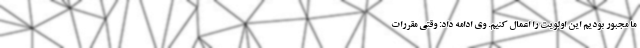
ما مجبور بودیم این اولویت را اعمال کنیم. وی ادامه داد: وقتی مقررات